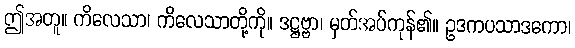
ဤအတူ။ ကိလေသာ၊ ကိလေသာတို့ကို။ ဒဋ္ဌဗ္ဗာ၊ မှတ်အပ်ကုန်၏။ ဥဒကပသာဒကော၊